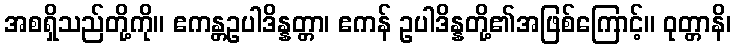
အစရှိသည်တို့ကို။ ဧကန္တဥပါဒိန္နတ္တာ၊ ဧကန် ဥပါဒိန္နတို့၏အဖြစ်ကြောင့်။ ဝုတ္တာနိ၊